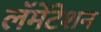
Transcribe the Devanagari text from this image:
लॅमेंटेशन